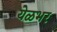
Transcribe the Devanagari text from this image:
येळभर